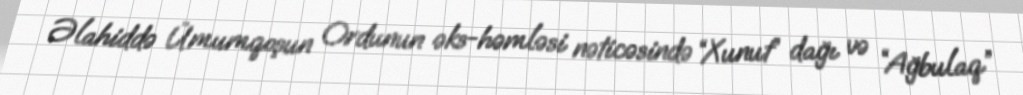
Əlahiddə Ümumqoşun Ordunun əks-həmləsi nəticəsində “Xunut” dağı və “Ağbulaq”